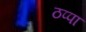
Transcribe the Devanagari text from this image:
ठप्‍पा